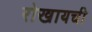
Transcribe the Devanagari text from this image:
रोखायची